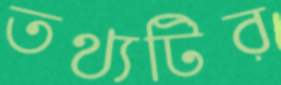
তথ্যটির